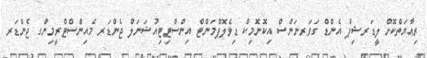
ރިޢާޔަތްކޮށް ލީޑަރޝިޕް އެންޑް ގަވަރނަންސް އިކޮނޮމިކް ޑިވެލޮޕްމަންޓް އިންސްޓިޓިއުޝަނަލް ޖެންޑަރ މެއިންސްޓްރީމިންގ ޖެންޑަރ